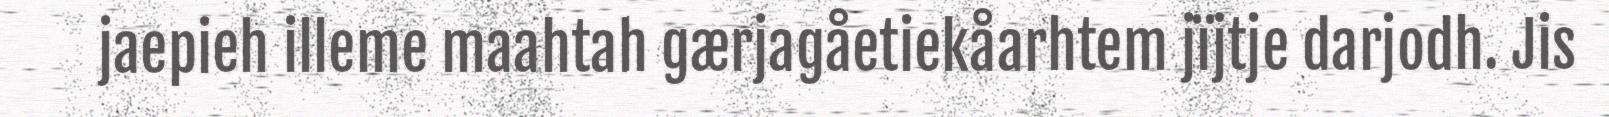
jaepieh illeme maahtah gærjagåetiekåarhtem jïjtje darjodh. Jis